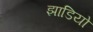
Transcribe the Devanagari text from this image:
झाडियो